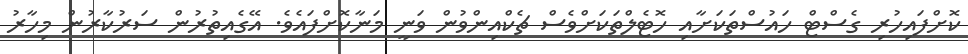
ކޮށްފައިހުރި ގެސްޓް ހައުސްތަކަށާއި ހޮޓެލްތަަކަށްވެސް ޗެކްއިންވުން ވަނީ މަނާކޮށްފައެވެ. އޭގެއިތުރުން ސަރުކާރުން މިހާރު